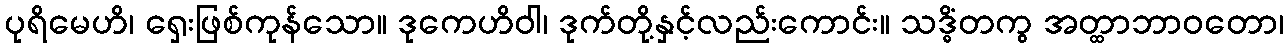
ပုရိမေဟိ၊ ရှေးဖြစ်ကုန်သော။ ဒုကေဟိဝါ၊ ဒုက်တို့နှင့်လည်းကောင်း။ သဒ္ဓိံတကွ အတ္ထာဘာဝတော၊